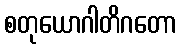
စတုယောဂါတိဂတော